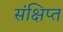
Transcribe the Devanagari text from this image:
संक्षिप्‍त